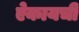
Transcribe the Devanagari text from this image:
ऐकायची